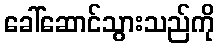
ခေါ်ဆောင်သွားသည်ကို